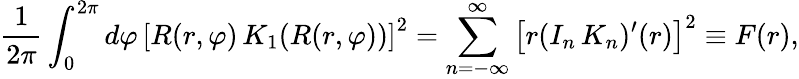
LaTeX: {\frac{1}{2\pi}}\int_{0}^{2\pi}d\varphi\, \left[R(r,\varphi)\, K_{1}(R(r,\varphi))\right]^{2}=\sum_{n=-\infty}^{\infty}\left[r(I_{n}\, K_{n})^{\prime}(r)\right]^{2}\equiv F(r),